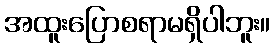
အထူးပြောစရာမရှိပါဘူး။